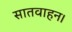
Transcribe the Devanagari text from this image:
सातवाहन।